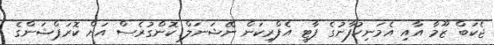
ޖެކަބް ޒޫމާ އާއި އެމަނިކުފާނުގެ ޕާޓީ އެފްރިކަން ނޭޝަނަލް ކޮންގުރެސް އަށް ކޮރަޕްޝަންގެ